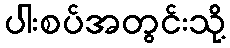
ပါးစပ်အတွင်းသို့